system: You are a helpful assistant.
user:
Analyze the provided spectrum to determine if it is a **M-type Giant (gM)**.

A M-type Giant spectrum is defined by its **strong molecular absorption** features, particularly from **Titanium Oxide (TiO)**. You must check for one of the following mutually exclusive signatures:

- **Key Visual Indicators (Absorption-Dominated Spectrum):**

    - **(Primary):** The spectrum is dominated by strong molecular absorption from **Titanium Oxide (TiO)**. This is the **defining feature** of its M-type temperature class.
        - **(Key Bandheads):** Look for sharp, "saw-tooth" absorption valleys. The strongest are located near **~7050 Å**, **~6160 Å**, and **~5170 Å**.
        - **(Line Profile):** The "saw-tooth" morphology is critical: a **sharp, steep drop on the BLUE (short-wavelength) side** of the bandhead, followed by a gradual recovery (rising flux) towards the RED (long-wavelength) side.

    - **(Key Confirmation - Giant vs. Dwarf):** **ABSENCE** of strong **Calcium Hydride (CaH)** molecular bands. This is the primary diagnostic for *excluding* M-dwarfs.
        - **(Key Region):** The spectrum should lack the strong, broad absorption band seen in dwarfs between **~6800 Å and ~7000 Å**.

    - **(Secondary Confirmation - Giant):** A very strong and broad **Neutral Calcium (Ca I)** atomic absorption line.
        - **(Key Line):** Located at **~4226 Å**. In a giant (gM), this line is significantly deeper and broader than the same line in an M-dwarf (dM) due to low surface gravity.

    - **(Overall Spectrum):**
        - The continuum is **extremely red-sloping** (i.e., flux is very low in the blue and rises dramatically towards the red).
        - The entire spectrum appears "chopped up" by the deep TiO bands.

Think first, call **spectral_visualization_tool** if needed to examine features in detail, then provide your final answer. Your response must adhere to the following strict rules:
1.  **Overall Structure:** Your response must follow the format `<think>...</think> <tool_call>...</tool_call> (if a tool is used) <answer>...</answer>`.
2.  **Tool Usage Constraint:** You may only make **one** tool call per turn.
3.  **Final Answer Format:** In the `<answer>` tag, your conclusion must be inside a `\boxed{}` command (e.g., `\boxed{YES}` or `\boxed{NO}`), followed by your justification.

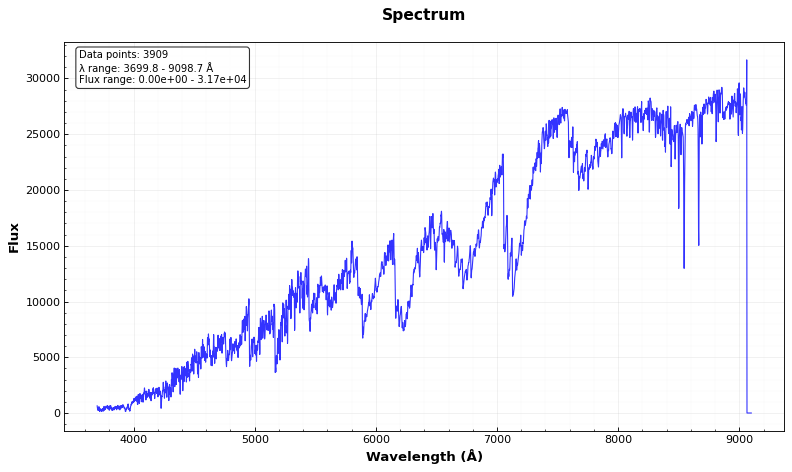
Answer: YES